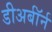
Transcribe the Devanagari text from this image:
डीअर्बॉर्न